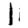
Digit: 1